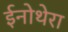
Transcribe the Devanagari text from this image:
ईनोथेरा